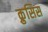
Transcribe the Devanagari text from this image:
क्रुसिस